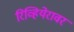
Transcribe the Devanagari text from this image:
रिव्हियेरावर